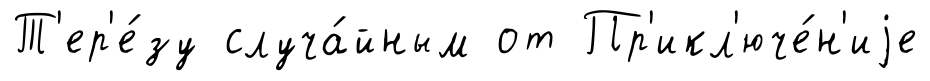
Т'ер'е́зу случа́йным от Пр'икл'юче́н'иjе